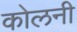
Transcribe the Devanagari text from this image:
कोलनी